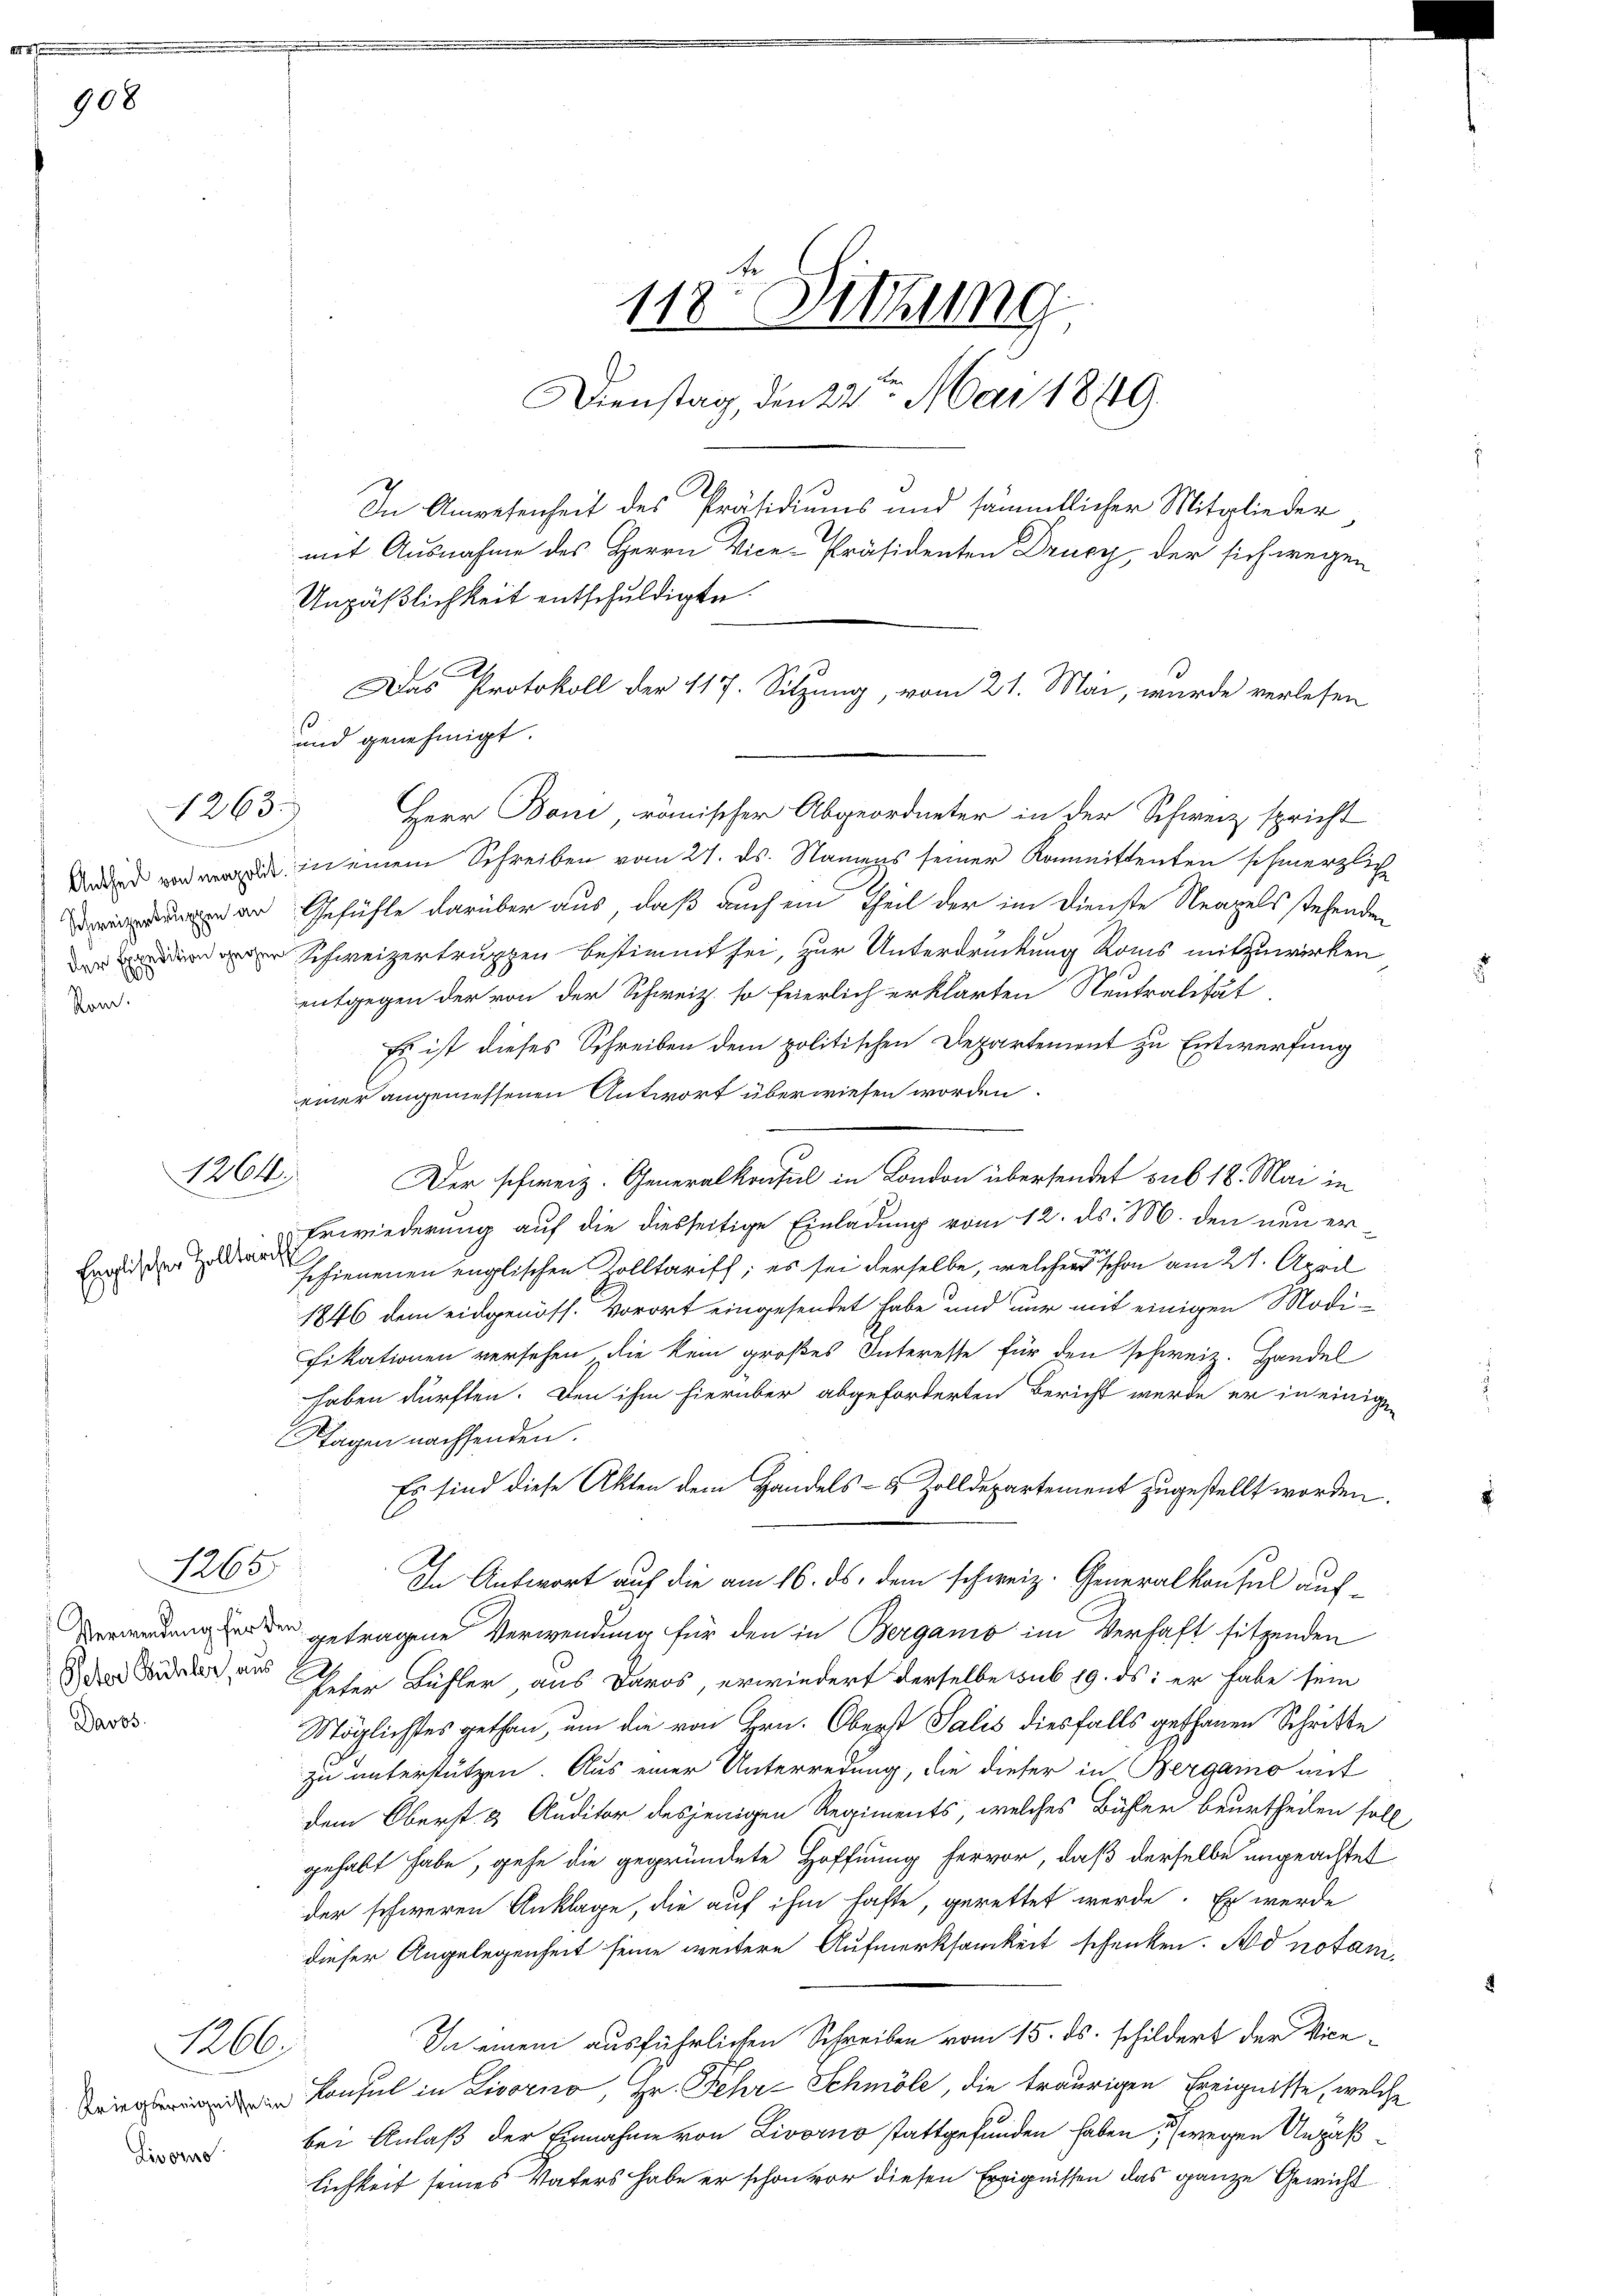
908

ir
tand

Englischen Zollericht

1263.

Peter Bühler, aus
Davos.

1265

1266

Kriegsereignisse in
Livorne

und genehmigt.
Herr Boni, römischer Abgeordneter in der Schweiz spricht
Dad in einem Schreiben vom 27. ds. Namens seiner Kommittenten schmerzliche
er Gefühle darüber aus, daß auch ein Theil der im Dienste Neapels stehenden
r Schweizertruppen bestimmt sei, zur Unterdrückung Roms mitzuwirken
entgegen der von der Schweiz. so feierlich erklärten Neutralität,
Es ist dieses Schreiben dem politischen Departement zu Entwerfung
einer angemessenen Antwort überwiesen worden.
1264. Der schweiz. Generalkonsul in London übersendet sub 18. Mai in
Erwiederung auf die diesseitige Einladung vom 12. ds. M. den neu erschienenen englischen Zolltarisch; es sei derselbe, welcher schon am 21. April
1846 dem eidgenöss. Vorort eingesendet habe und nur mit einigen Modi-
fikationen versehen, die kein großes Interesse für den schweiz. Handel
haben dürften. Den ihm hierüber abgeforderten Bericht werde er in einige
Klagen nachsenden.
Es sind diese Akten dem Handels- & Zolldepartement zugestellt worden.
In Antwort auf die am 16. ds. dem schweiz. Generalkonsul auf¬
Verwartung der den getragene Verwendung für den in Bergano im Verhaft sitzenden
Peter Bühler, aus Daros, erwiedert derselbe sub 19. ds. er habe sein
Möglichstes gethan, um die von Hrn. Oberst Salis diesfalls gethanen Schritte
zu unterstützen. Aus einer Unterredung, die dieser in Bergano mit
dem Oberst & Auditor desjenigen Regiments, welches Bühler beurtheilen soll
gehabt habe, gehe die gegründete Hoffnung hervor, daß derselbe ungeachtet
der schweren Anklage, die auf ihm faste, gerettet werde. Er werde
dieser Angelegenheit seine weitere Aufmerksamkeit schenken. Ad notani¬
In einem ausführlichen Schreiben vom 15. ds. schildert der Vice¬
Konsul in Livorno, Hr. Fehr-Schmöle, die traurigen Ereignisse, welche
bei Anlaß der Einnahme von Livorno stattgefunden haben (wegen Ansäßlichkeit seines Vaters habe er schon vor diesen Ereignissen das ganze Gewicht

118te Sitzung
Dienstag, den 22. Mai 1849
In Anwesenheit des Präsidiums und sämmtlicher Mitglieder
mit Ausnahme des Herrn Vice-Präsidenten Drucy, der sich wegen
Unpäßlichkeit entschuldigte.

Das Protokoll der 117. Sitzung, vom 21. Mai, wurde verlesen